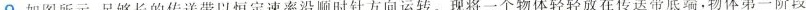
9.如图所示，足够长的传送带以恒定速率沿顺时针方向运转。现将一个物体轻轻放在传送带底端，物体第一阶段